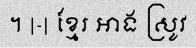
។ |-| ខ្មែរ អាង ស្រូវ